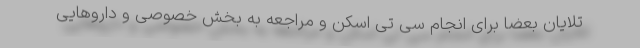
تلایان بعضا برای انجام سی تی اسکن و مراجعه به بخش خصوصی و داروهایی